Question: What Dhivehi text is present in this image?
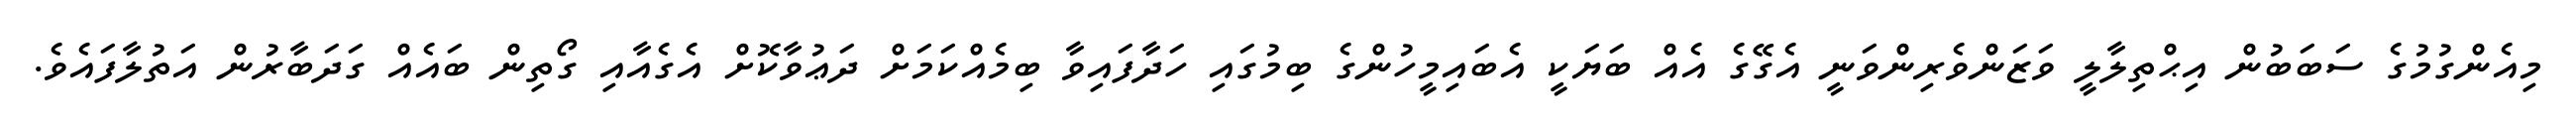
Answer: މިއެންގުމުގެ ސަބަބުން އިޙްތިލާލީ ވަޒަންވެރިންވަނީ އެގޭގެ އެއް ބަޔަކީ އެބައިމީހުންގެ ބިމުގައި ހަދާފައިވާ ބިމެއްކަމަށް ދަޢުވާކޮށް އެގެއާއި ގޯތިން ބައެއް ގަދަބާރުން އަތުލާފައެވެ.